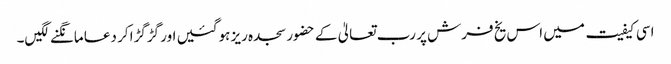
اسی کیفیت میں اس یخ فرش پر رب تعالیٰ کے حضور سجدہ ریز ہوگئیں اور گڑگڑا کر دعا مانگنے لگیں۔